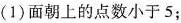
(1)面朝上的点数小于5；